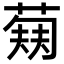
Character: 𬝥